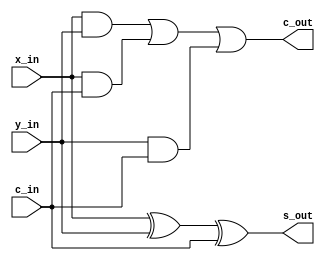
module full_adder(output wire c_out, output wire s_out , input wire c_in, input wire x_in, input wire y_in);

    assign s_out = x_in ^ y_in ^ c_in;
    assign c_out = (x_in & y_in) | (x_in & c_in) | (y_in & c_in);

endmodule